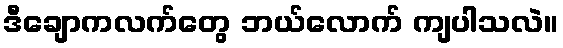
ဒီချောကလက်တွေ ဘယ်လောက် ကျပါသလဲ။